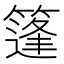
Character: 篷